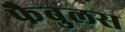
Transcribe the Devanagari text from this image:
फैबुलस